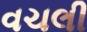
વચલી